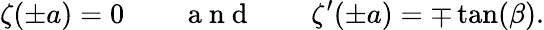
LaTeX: \zeta(\pm a)=0\qquad\mathrm{~a~n~d~}\qquad\zeta^{\prime}(\pm a)=\mp\tan(\beta).